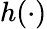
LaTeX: h(\cdot)